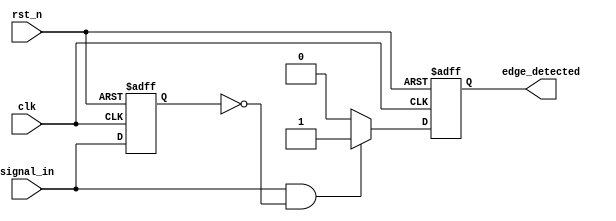
module rising_edge_detector (
    input wire clk,                // Clock signal
    input wire rst_n,              // Active low reset signal
    input wire signal_in,          // Input signal to detect rising edge
    output reg edge_detected       // Output pulse indicating rising edge
);

    reg signal_in_prev;            // Register to hold the previous state of the input signal

    // Always block to capture the previous state and detect rising edge
    always @(posedge clk or negedge rst_n) begin
        if (!rst_n) begin
            signal_in_prev <= 1'b0; // Reset previous state to low
            edge_detected <= 1'b0;   // Reset output pulse
        end else begin
            // Rising edge detection logic
            if (signal_in && !signal_in_prev) begin
                edge_detected <= 1'b1; // Generate pulse on rising edge
            end else begin
                edge_detected <= 1'b0;  // Reset pulse otherwise
            end
            
            // Update previous state
            signal_in_prev <= signal_in;
        end
    end

endmodule